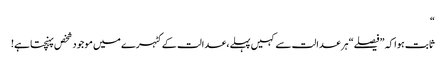
“
ثابت ہوا کہ ”فیصلے“ ہر عدالت سے کہیں پہلے، عدالت کے کٹہرے میں موجود شخص پہنچتا ہے!